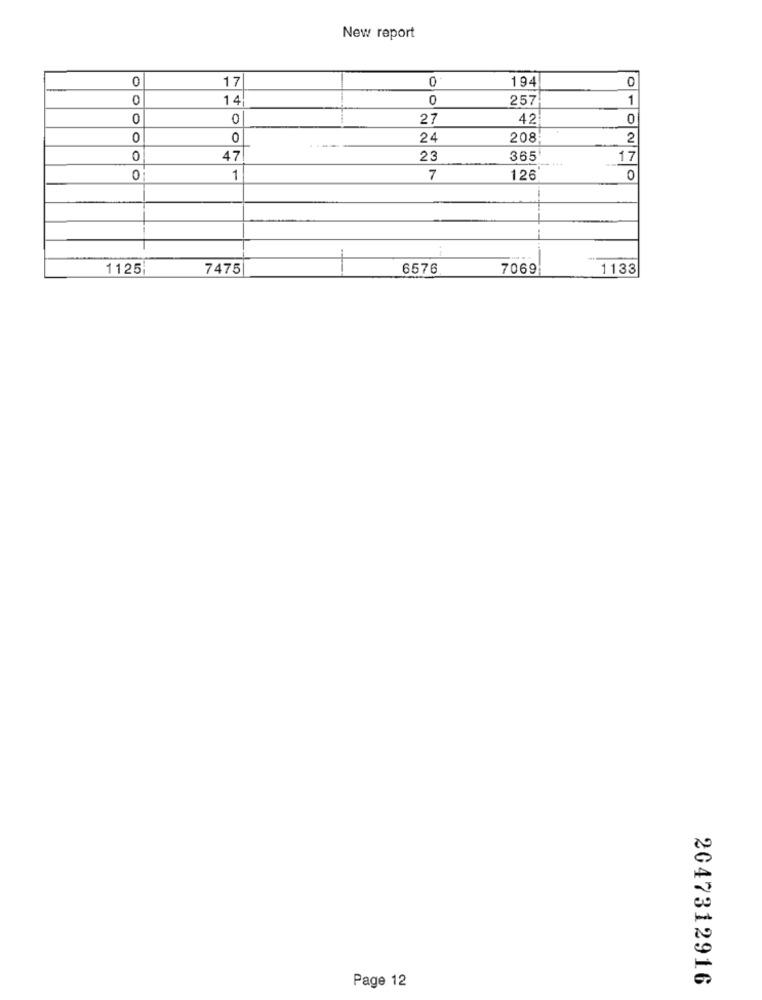
New report
0
17
0
194
0
0
14
0
257
1
0
0
27
42
0
0
0
24
208
2
0
47
23
365
17
0
1
7
126
0
1125;
7475
6576
7069
1133
2047312916
Page 12